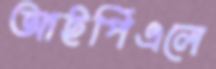
আইপিএলে